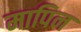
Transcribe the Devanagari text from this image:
मापिन